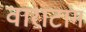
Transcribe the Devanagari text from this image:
वाराटांग